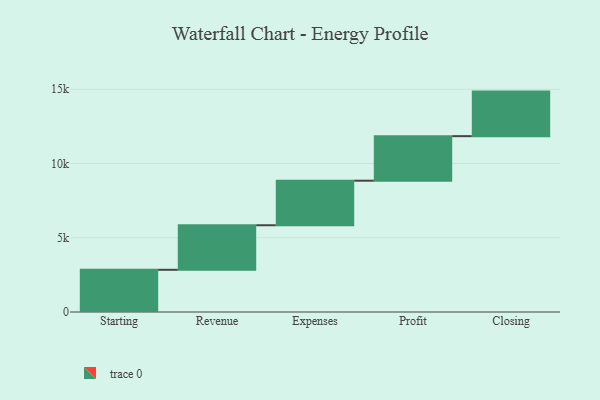
{"axis": {"x": "Step", "y": "Value"}, "legend": [""], "data": [{"x": "Starting", "y": 2842.0, "type": ""}, {"x": "Revenue", "y": 3000, "type": ""}, {"x": "Expenses", "y": 3000, "type": ""}, {"x": "Profit", "y": 3000, "type": ""}, {"x": "Closing", "y": 3000, "type": ""}]}